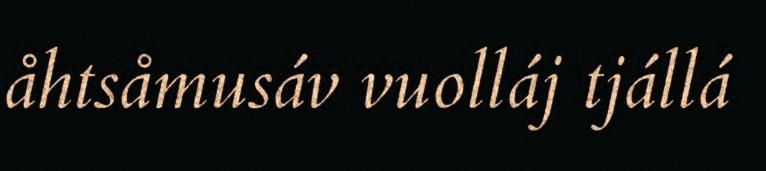
åhtsåmusáv vuolláj tjállá